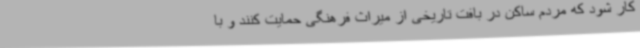
کار شود که مردم ساکن در بافت تاریخی از میراث فرهنگی حمایت کنند و با